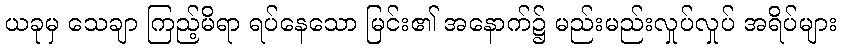
ယခုမှ သေချာ ကြည့်မိရာ ရပ်နေသော မြင်း၏ အနောက်၌ မည်းမည်းလှုပ်လှုပ် အရိပ်များ